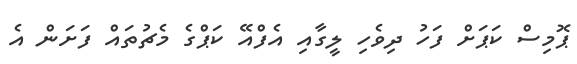
ޕޮމިސް ކަޕަށް ފަހު ދިވެހި ލީގާއި އެފްއޭ ކަޕްގެ މެޗުތައް ފަށަން އެ